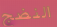
النضج